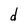
Character: d